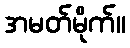
အမတ်မိုက်။